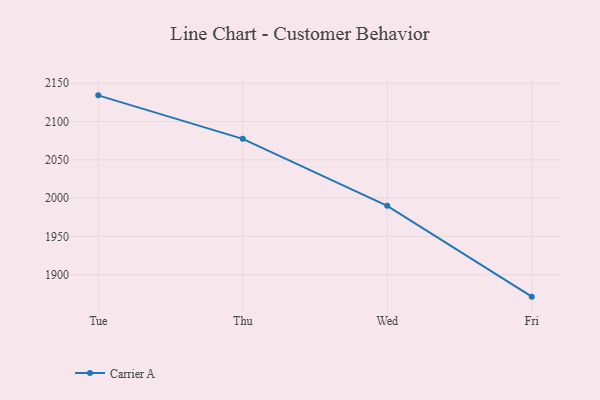
{"axis": {"x": "Day", "y": "Tickets Resolved"}, "legend": ["Carrier A"], "data": [{"x": "Tue", "y": 2134.0, "type": "Carrier A"}, {"x": "Thu", "y": 2077.3, "type": "Carrier A"}, {"x": "Wed", "y": 1989.9, "type": "Carrier A"}, {"x": "Fri", "y": 1871.5, "type": "Carrier A"}]}